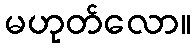
မဟုတ်လော။